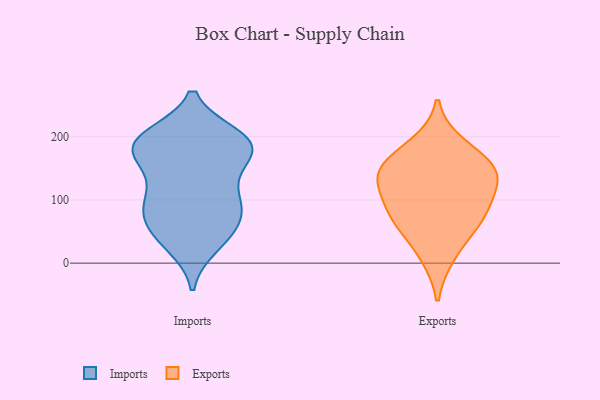
{"axis": {"x": "LTV (USD)", "y": "Value"}, "legend": ["Exports", "Imports"], "data": [{"x": "", "y": 200, "type": "Imports"}, {"x": "", "y": 48, "type": "Imports"}, {"x": "", "y": 142, "type": "Imports"}, {"x": "", "y": 54, "type": "Imports"}, {"x": "", "y": 86, "type": "Imports"}, {"x": "", "y": 190, "type": "Imports"}, {"x": "", "y": 190, "type": "Imports"}, {"x": "", "y": 88, "type": "Imports"}, {"x": "", "y": 186, "type": "Imports"}, {"x": "", "y": 190, "type": "Imports"}, {"x": "", "y": 39, "type": "Imports"}, {"x": "", "y": 197, "type": "Imports"}, {"x": "", "y": 174, "type": "Imports"}, {"x": "", "y": 29, "type": "Imports"}, {"x": "", "y": 182, "type": "Imports"}, {"x": "", "y": 99, "type": "Imports"}, {"x": "", "y": 94, "type": "Imports"}, {"x": "", "y": 93, "type": "Imports"}, {"x": "", "y": 150, "type": "Imports"}, {"x": "", "y": 62, "type": "Exports"}, {"x": "", "y": 134, "type": "Exports"}, {"x": "", "y": 138, "type": "Exports"}, {"x": "", "y": 72, "type": "Exports"}, {"x": "", "y": 152, "type": "Exports"}, {"x": "", "y": 79, "type": "Exports"}, {"x": "", "y": 111, "type": "Exports"}, {"x": "", "y": 12, "type": "Exports"}, {"x": "", "y": 187, "type": "Exports"}, {"x": "", "y": 155, "type": "Exports"}]}